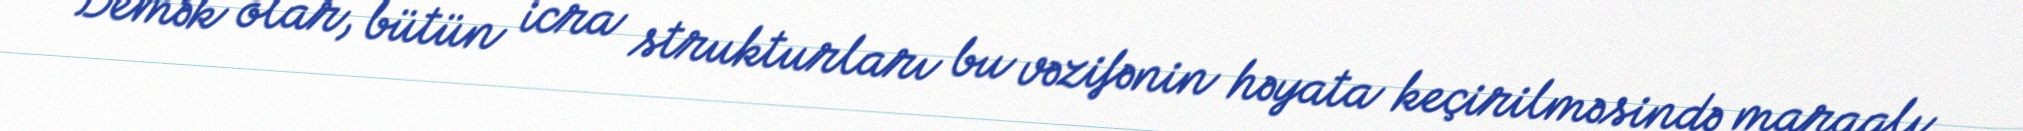
Demək olar, bütün icra strukturları bu vəzifənin həyata keçirilməsində maraqlı